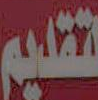
تقديم